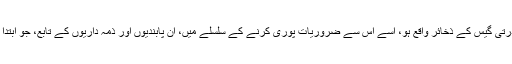
خیال رہے کہ آئین کی دفعہ 158 کے مطابق ’جس صوبے میں قدرتی گیس کے ذخائر واقع ہو، اسے اس سے ضروریات پوری کرنے کے سلسلے میں، ان پابندیوں اور ذمہ داریوں کے تابع، جو ابتدا سے نافذ ہوں، پاکستان کے دیگر حصوں پر ترجیح دی جائے گی’۔